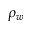
\rho _ { w }